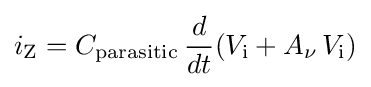
i_{\text{Z}}=C_{\text{parasitic}}\,{d \over dt}(V_{\text{i}}+A_{\nu }\,V_{\text{i}})